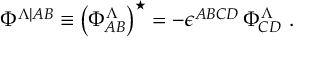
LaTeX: \Phi ^ { \Lambda \vert { A B } } \equiv \left( \Phi _ { A B } ^ { \Lambda } \right) ^ { \star } = - \epsilon ^ { A B C D } \, \Phi _ { C D } ^ { \Lambda } ~ .